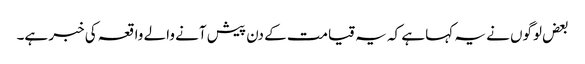
بعض لوگوں نے یہ کہا ہے کہ یہ قیامت کے دن پیش آنے والے واقعہ کی خبر ہے۔